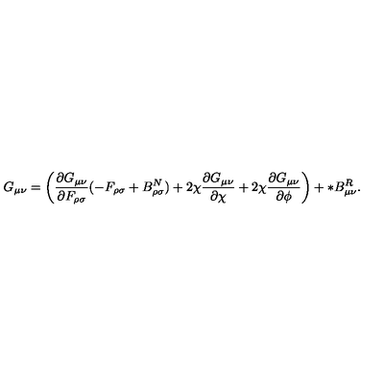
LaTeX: G _ { \mu \nu } = \left( \frac { \partial G _ { \mu \nu } } { \partial F _ { \rho \sigma } } ( - F _ { \rho \sigma } + B _ { \rho \sigma } ^ { N } ) + 2 \chi \frac { \partial G _ { \mu \nu } } { \partial \chi } + 2 \chi \frac { \partial G _ { \mu \nu } } { \partial \phi } \right) + * B _ { \mu \nu } ^ { R } .